Annual statistical returns and brief notes on vaccination in Bengal - 1896-1909
Year: 1896
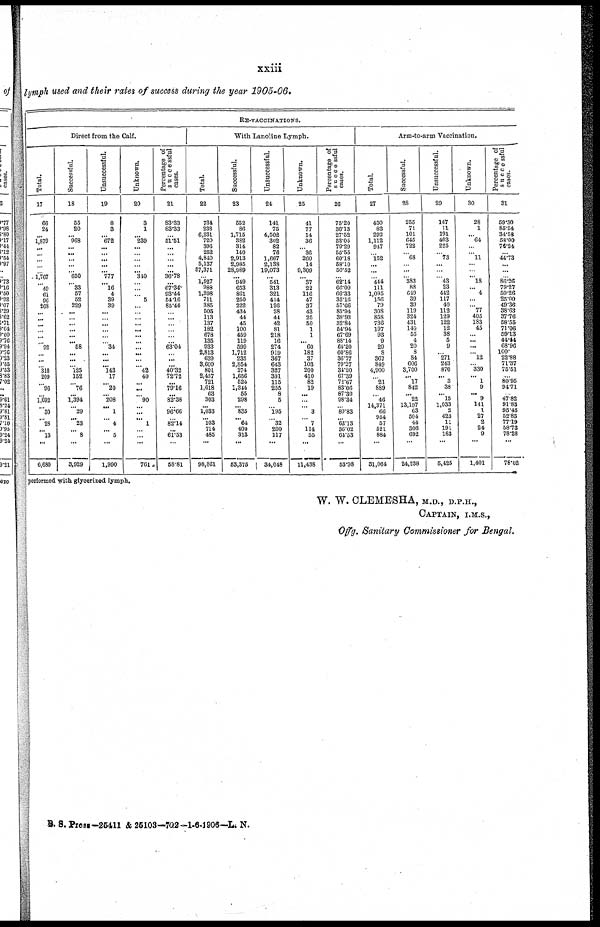
xxiii
lymph used and their rates of success during the year 1905-06.
RE-VACCINATIONS.
Direct from the Calf.
Total.
17
66
24
...
1,879
...
...
...
...
...
1,767
...
49
61
96
268
...
...
...
...
...
...
92
...
...
...
310
209
...
96
...
1,692
...
30
...
28
...
13
...
6,680
Successful.
18
55
20
...
968
...
...
...
...
...
650
...
33
57
52
229
...
...
...
...
... ...
58
...
...
...
...
152
...
76
...
1,394
...
29
...
23
...
8
...
3,929
Unsuccessful.
19
8
3
...
672
...
...
...
...
... 777
...
16
4
39
39
...
...
...
...
...
...
34
...
...
...
143
17
...
20
...
208
...
1
...
4
...
5
...
1,990
Unknown.
20
3
1
...
239
...
...
...
...
...
340
...
...
...
5
...
...
...
...
...
...
...
...
...
...
...
42
40
...
...
...
90
...
...
...
1
...
...
...
761
Percentage of
successful
cases.
21
83.33
83.33
...
51.51
...
...
...
...
...
36.78
...
67.34
93.44
54.16
85.44
...
...
...
...
...
...
63.04
...
...
...
40.32
72.72
...
79.16
...
82.38
...
96.66
...
82.14
...
61.53
...
58.81
With Lanoline Lymph.
Total.
22
734
238
6,231
720
396
252
4,840
5,137
57,371
...
1,527
988
1,298
711
385
505
113
137
182
678
135
933
2,813
639
3,600
801
2,457
721
1,618
63
303
...
1,033
... 103
714
485
...
98,861
Successful.
23
552
86
1,715
382
314
140
2,913
2,985
28,989
... 949
653
861
250
222
434
44
45
100
459
119
599
1,712
235
2,854
274
1,656
524
1,344
55
298
... 835
...
.64
400
313
...
53,375
Unsuccessful.
24
141
75
4,502
302
82
76
1,667
2,138
19,073
...
541
313
321
414
126
28
44
42
81
218
16
274
919
367
643
327
391
115
255
8
5
...
195
...
32
200
117
...
34,048
Unknown.
25
41
77
14
36
...
36
260
14
9,309
...
37
22
116
47
37
43
25
50
1
1
... 60
182
37
103
200
410
82
19
...
...
... 3
...
7
114
55
...
11,438
Percentage of
successful
cases.
26
75.20
36.13
27.52
53.05
79.29
55.55
60.18
58.10
50.52
...
62.14
66.09
66.33
35.16
57.66
85.94
38.93
32.84
54.94
67.69
88.14
64.20
60.86
36.77
79.27
34.20
67.39
72.67
83.06
87.30
98.34
...
80.83
...
62.13
56.02
64.53
...
53.98
Arm-to-arm Vaccination.
Total.
27
430
83
292
1,112
947
...
152
...
... ...
444
111
1,095
156
79
308
858
736
197
93
9
29
8
367
849
4,900
...
21
889
...
46
14,371
66
954
57
521
884
...
31,064
Successful.
28
255
71
101
645
722
... 68
...
...
... 383
88
649
39
39
119
324
431
140
55
4
20
8
84
606
3,700
... 17
842
...
22
13,197
63
504
44
306
692
...
24,238
Unsuccessful.
29
147
11
191
403
225
...
73
...
...
...
43
23
442
117
40
112
129
122
12
38
5
9
...
271
243
870
... 3
38
... 15
1,033
2
423
11
191
183
...
5,425
Unknown.
30
28
1
... 64
...
... 11
...
...
... 18
... 4
...
...
77
405
183
45
...
...
...
...
12
...
330
... 1
9
...
9
141
1
27
2
24
9
...
1,401
Percentage of
successful
cases.
31
59.30
85.54
34.58
58.00
76.24
...
44.73
...
...
...
86.26
79.27
59.26
25.00
49.36
38.63
37.76
58.55
71.06
59.13
44.44
68.96
100.
22.88
71.37
75.51
...
80.95
94.71
...
47.82
91.83
95.45
52.83
77.19
58.73
78.28
...
78.02
performed with glycerized lymph.
W. W. CLEMESHA, M.D., D.P.H.,
CAPTAIN, I.M.S.,
Offg. Sanitary Commissioner for Bengal.
B. S. Press—25411 & 25103—702—1-6-1906—L. N.